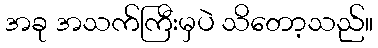
အခု အသက်ကြီးမှပဲ သိတော့သည်။